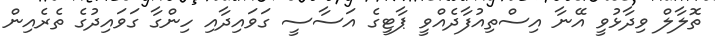
ތޮލާލް ވިދާޅުވީ އޭނާ އިސްތިއުފާދެއްވީ ޕާޓީގެ އަސާސީ ގަވައިދާއި ހިންގާ ގަވައިދުގެ ތެރެއިން